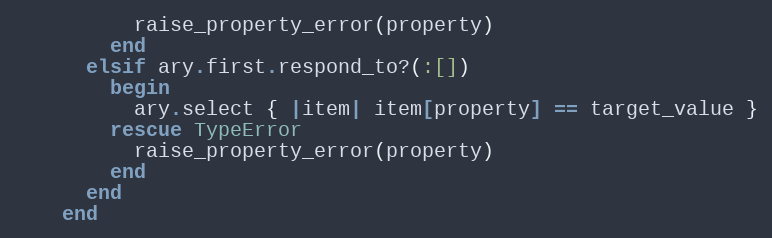
Language: Ruby
          raise_property_error(property)
        end
      elsif ary.first.respond_to?(:[])
        begin
          ary.select { |item| item[property] == target_value }
        rescue TypeError
          raise_property_error(property)
        end
      end
    end